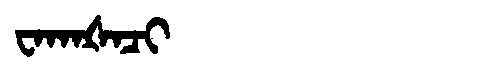
Manchu: ᠸᠠᡴᠠᡧᠠᠴᡳ
Romanization: WAKAŠACI